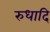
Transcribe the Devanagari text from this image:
रुधादि